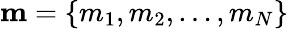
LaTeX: \mathbf{m}=\{ m_{1},m_{2},\dots,m_{N}\}